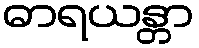
ဓာရယန္တာ